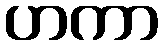
ဟကာ